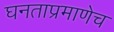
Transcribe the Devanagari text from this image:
घनताप्रमाणेच